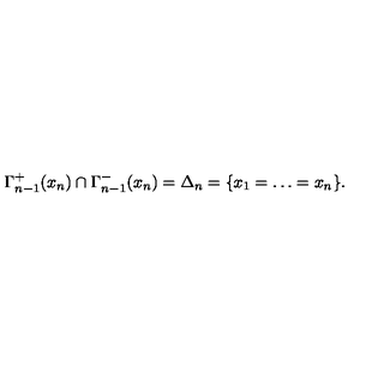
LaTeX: \Gamma _ { n - 1 } ^ { + } ( x _ { n } ) \cap \Gamma _ { n - 1 } ^ { - } ( x _ { n } ) = \Delta _ { n } = \{ x _ { 1 } = \ldots = x _ { n } \} .